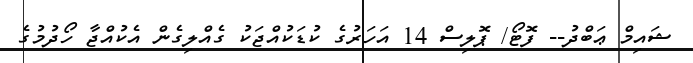
ޝައިމް ޢަބްދު-- ފޮޓޯ/ ޕޮލިސް 14 އަހަރުގެ ކުޑަކުއްޖަކު ގެއްލިގެން އެކުއްޖާ ހޯދުމުގެ